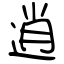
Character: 逍